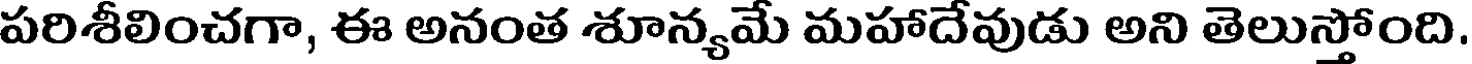
పరిశీలించగా, ఈ అనంత శూన్యమే మహాదేవుడు అని తెలుస్తోంది